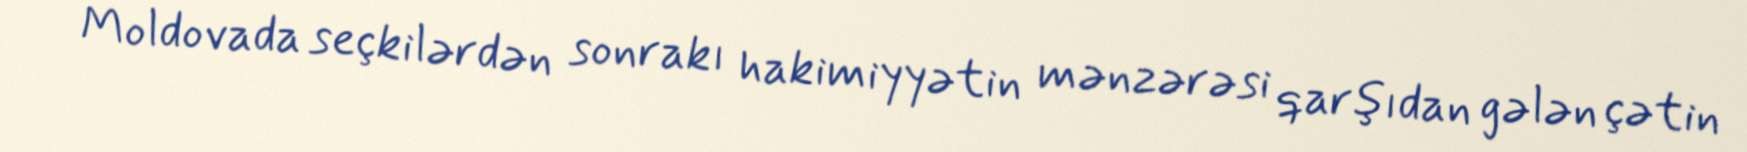
Moldovada seçkilərdən sonrakı hakimiyyətin mənzərəsi qarşıdan gələn çətin